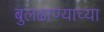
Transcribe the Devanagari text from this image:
बुलढाण्याच्या